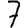
Digit: 7